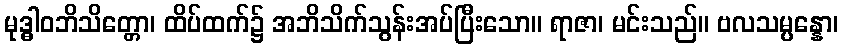
မုဒ္ဓါဝဘိသိတ္တော၊ ထိပ်ထက်၌ အဘိသိက်သွန်းအပ်ပြီးသော။ ရာဇာ၊ မင်းသည်။ ဗလသမ္ပန္နော၊